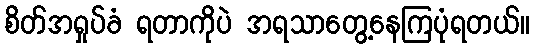
စိတ်အရှုပ်ခံ ရတာကိုပဲ အရသာတွေ့နေကြပုံရတယ်။